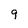
Character: 9